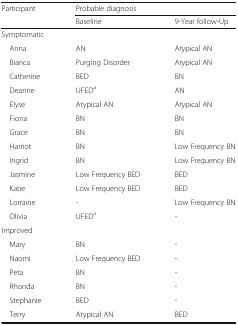
<table><thead><tr><td><b>Participant</b></td><td colspan="2"><b>Probable diagnosis</b></td></tr><tr><td></td><td><b>Baseline</b></td><td><b>9-Year follow-Up</b></td></tr></thead><tbody><tr><td colspan="3">Symptomatic</td></tr><tr><td> Anna</td><td>AN</td><td>Atypical AN</td></tr><tr><td> Bianca</td><td>Purging Disorder</td><td>Atypical AN</td></tr><tr><td> Catherine</td><td>BED</td><td>BN</td></tr><tr><td> Deanne</td><td>UFED<sup>a</sup></td><td>AN</td></tr><tr><td> Elyse</td><td>Atypical AN</td><td>Atypical AN</td></tr><tr><td> Fiona</td><td>BN</td><td>BN</td></tr><tr><td> Grace</td><td>BN</td><td>BN</td></tr><tr><td> Harriot</td><td>BN</td><td>Low Frequency BN</td></tr><tr><td> Ingrid</td><td>BN</td><td>Low Frequency BN</td></tr><tr><td> Jasmine</td><td>Low Frequency BED</td><td>BED</td></tr><tr><td> Katie</td><td>Low Frequency BED</td><td>BED</td></tr><tr><td> Lorraine</td><td>-</td><td>Low Frequency BN</td></tr><tr><td> Olivia</td><td>UFED<sup>a</sup></td><td>-</td></tr><tr><td colspan="3">Improved</td></tr><tr><td> Mary</td><td>BN</td><td>-</td></tr><tr><td> Naomi</td><td>Low Frequency BED</td><td>-</td></tr><tr><td> Peta</td><td>BN</td><td>-</td></tr><tr><td> Rhonda</td><td>BN</td><td>-</td></tr><tr><td> Stephanie</td><td>BED</td><td>-</td></tr><tr><td> Terry</td><td>Atypical AN</td><td>BED</td></tr></tbody></table>